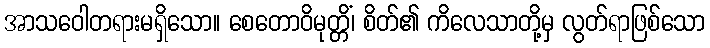
အာသဝေါတရားမရှိသော။ စေတောဝိမုတ္တိံ၊ စိတ်၏ ကိလေသာတို့မှ လွတ်ရာဖြစ်သော